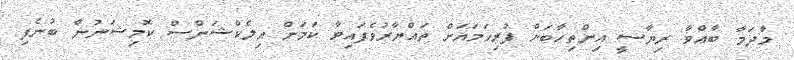
މާދަމާ ބާއްވާ ރިޔާސީ އިންތިހާބަށް ފުރިހަމައަށް ތައްޔާރުވެފައިވާ ކަމަށް އިލެކްޝަންސް ކޮމިޝަނުން ބުނެފި